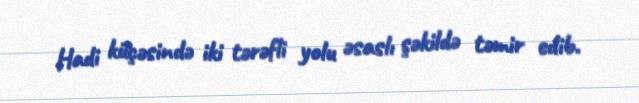
Hadi küçəsində iki tərəfli yolu əsaslı şəkildə təmir edib.